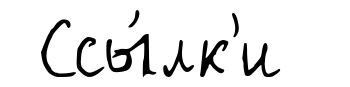
Ссы́лк'и